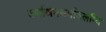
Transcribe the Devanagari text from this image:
वर्णाश्रमधर्मावलम्वि